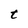
Character: t